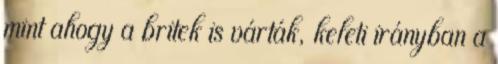
mint ahogy a britek is várták, keleti irányban a